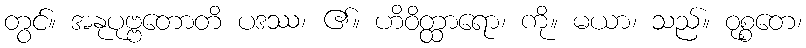
တွင်။ အနုပုဗ္ဗတောတိ ပဒဿ၊ ၏။ ဟိဝိတ္ထာရော၊ ကို။ မယာ၊ သည်။ ဝုစ္စတေ၊